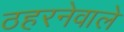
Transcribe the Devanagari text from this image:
ठहरनेवाले